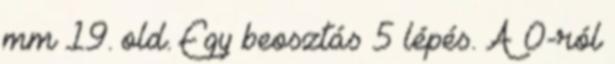
mm 19. old. Egy beosztás 5 lépés. A 0-ról